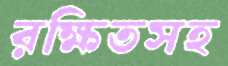
রক্ষিতসহ